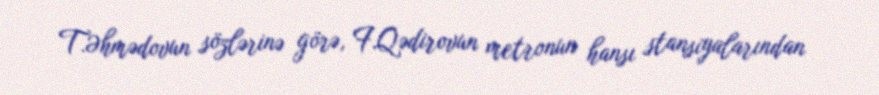
T.Əhmədovun sözlərinə görə, F.Qədirovun metronun hansı stansiyalarından